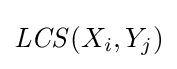
{\mathit {LCS}}(X_{i},Y_{j})